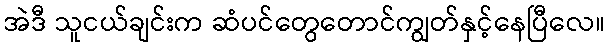
အဲဒီ သူငယ်ချင်းက ဆံပင်တွေတောင်ကျွတ်နှင့်နေပြီလေ။